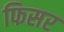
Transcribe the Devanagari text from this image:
फिसर